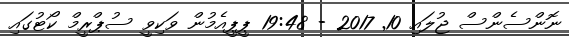
ނޮންސެންސް ޖުލައި 10